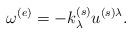
LaTeX: \begin{align*}\omega^{(e)} = - k^{(s)}_{\lambda} u^{(s) \lambda}.\end{align*}